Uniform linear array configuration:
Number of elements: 64
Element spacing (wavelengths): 0.5
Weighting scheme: exponential
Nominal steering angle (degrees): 15
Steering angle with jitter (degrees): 14.355
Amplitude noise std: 0.05
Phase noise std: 0.05

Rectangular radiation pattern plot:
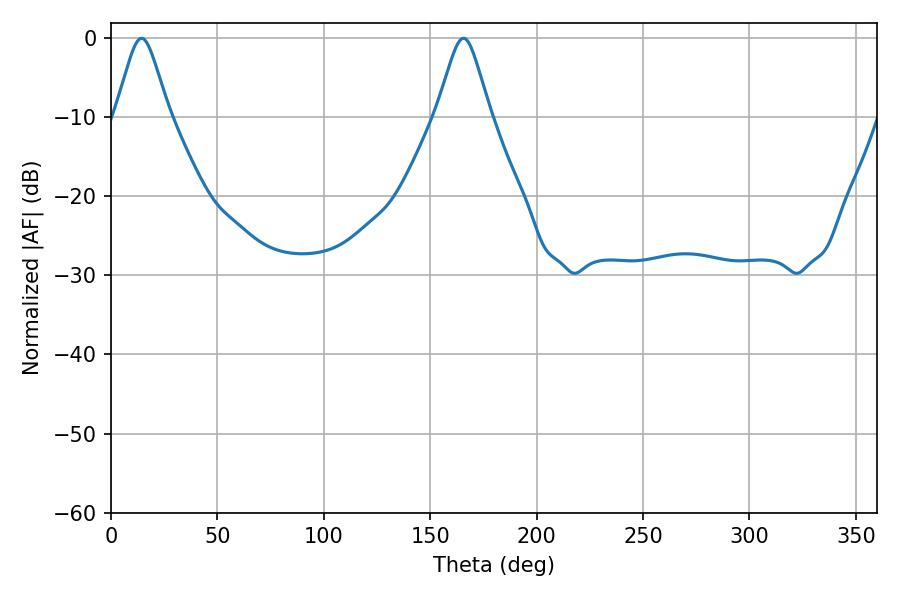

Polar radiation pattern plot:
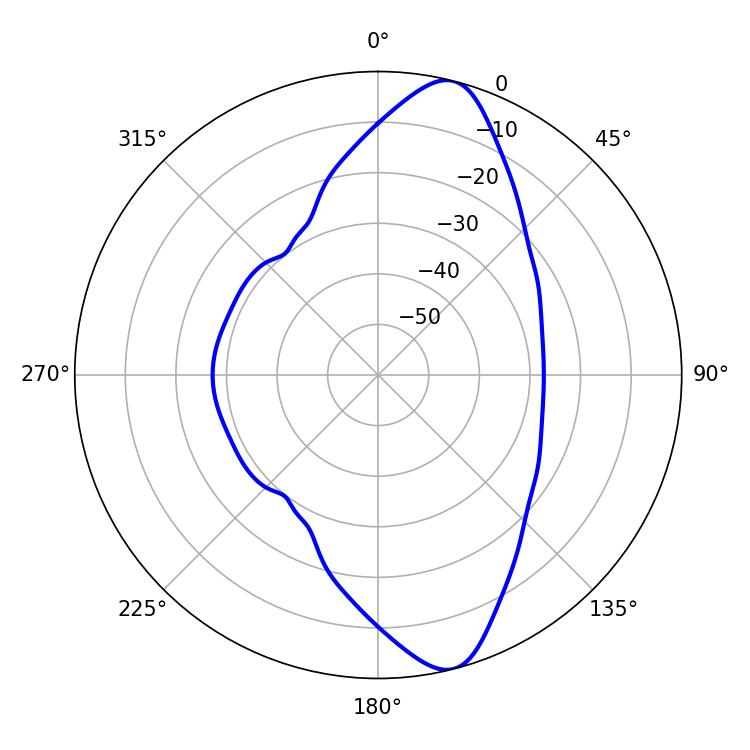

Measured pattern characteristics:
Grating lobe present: FALSE
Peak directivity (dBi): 11.75
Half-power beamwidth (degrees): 12.06
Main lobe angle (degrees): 14.4